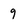
Character: 9